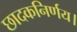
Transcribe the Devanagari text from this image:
छादकनिर्णय।